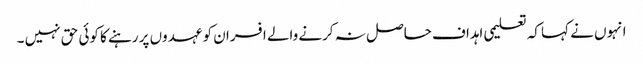
انہوں نے کہا کہ تعلیمی اہداف حاصل نہ کرنے والے افسران کو عہدوں پر رہنے کا کوئی حق نہیں ۔